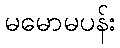
မမောမပန်း